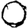
Digit: 0